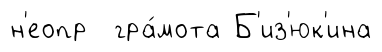
н'еопр гра́мота Б'из'юк'ина